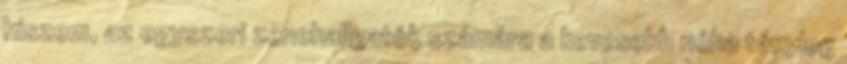
hiszem, az egyszeri zenehallgatók számára a kevesebb néha tényleg